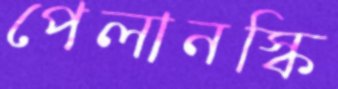
পেলানস্কি